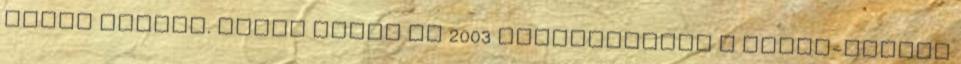
annál inkább. Gilad dobta be 2003 februárjában a közel-keleti